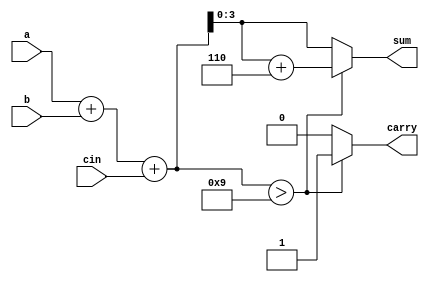
module bcd_adder_beh(a,b,cin,sum,carry);
input [3:0]a,b;
input cin;
output reg [3:0]sum;
output reg carry;
reg [4:0] temp;
always@(*)
begin
temp=a+b+cin;
if(temp>9) begin
	temp=temp+6;
	carry=1;
	sum=temp[3:0];
	end
else begin
carry=0;
sum= temp[3:0];
end
end
endmodule